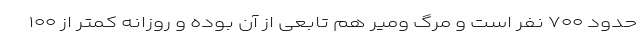
حدود ۷۰۰ نفر است و مرگ ومیر هم تابعی از آن بوده و روزانه کمتر از ۱۰۰